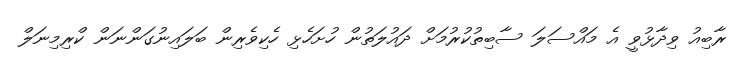
ރާބިއު ވިދާޅުވީ އެ މައްސަލަ ސާބިތުކުރުމަށް ދައުލަތުން ހުށަހެޅި ހެކިވެރިން ބަލައިނުގަންނަން ކްރިމިނަލް